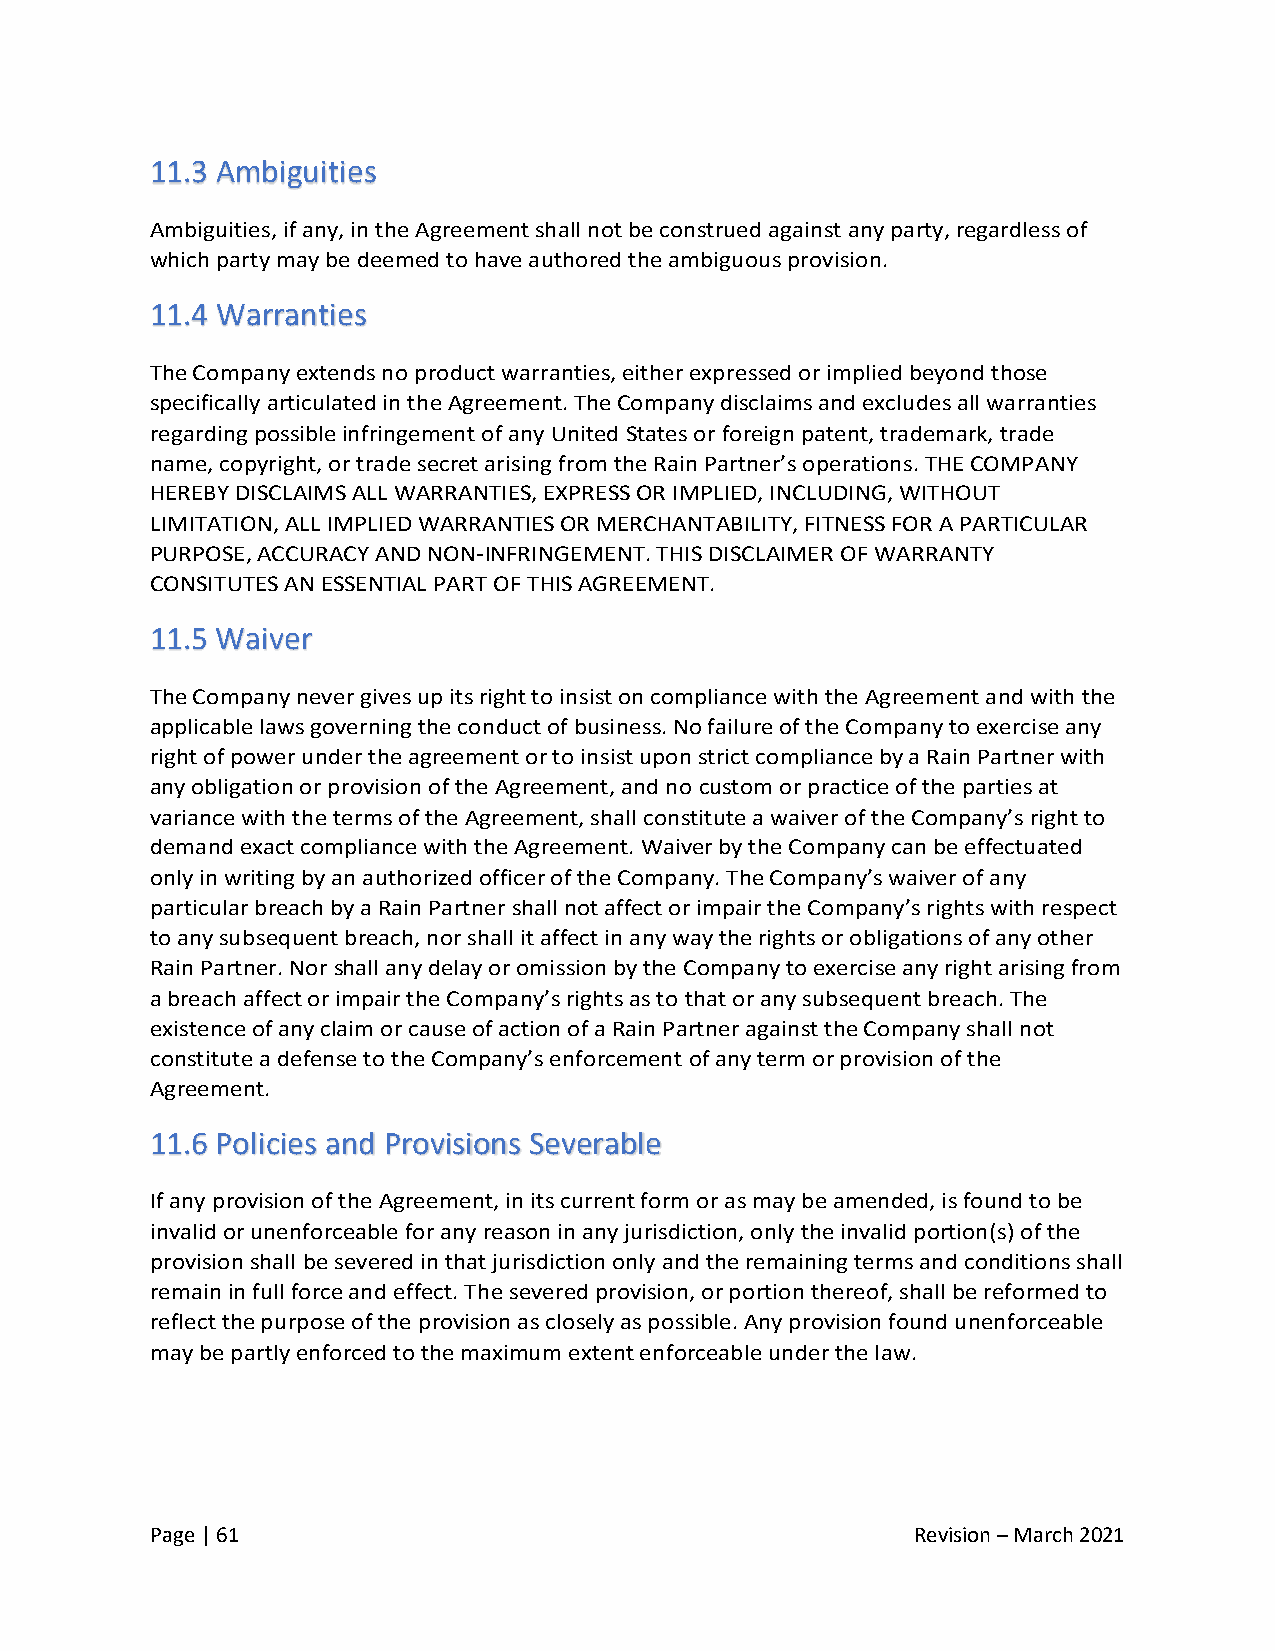
11.3 Ambiguities
 Ambiguities, if any, in the Agreement shall not be construed against any party, regardless of
 which party may be deemed to have authored the ambiguous provision.
 11.4 Warranties
 The Company extends no product warranties, either expressed or implied beyond those
 specifically articulated in the Agreement. The Company disclaims and excludes all warranties
 regarding possible infringement of any United States or foreign patent, trademark, trade
 name, copyright, or trade secret arising from the Rain Partner’s operations. THE COMPANY
 HEREBY DISCLAIMS ALL WARRANTIES, EXPRESS OR IMPLIED, INCLUDING, WITHOUT
 LIMITATION, ALL IMPLIED WARRANTIES OR MERCHANTABILITY, FITNESS FOR A PARTICULAR
 PURPOSE, ACCURACY AND NON-INFRINGEMENT. THIS DISCLAIMER OF WARRANTY
 CONSITUTES AN ESSENTIAL PART OF THIS AGREEMENT.
 11.5 Waiver
 The Company never gives up its right to insist on compliance with the Agreement and with the
 applicable laws governing the conduct of business. No failure of the Company to exercise any
 right of power under the agreement or to insist upon strict compliance by a Rain Partner with
 any obligation or provision of the Agreement, and no custom or practice of the parties at
 variance with the terms of the Agreement, shall constitute a waiver of the Company’s right to
 demand exact compliance with the Agreement. Waiver by the Company can be effectuated
 only in writing by an authorized officer of the Company. The Company’s waiver of any
 particular breach by a Rain Partner shall not affect or impair the Company’s rights with respect
 to any subsequent breach, nor shall it affect in any way the rights or obligations of any other
 Rain Partner. Nor shall any delay or omission by the Company to exercise any right arising from
 a breach affect or impair the Company’s rights as to that or any subsequent breach. The
 existence of any claim or cause of action of a Rain Partner against the Company shall not
 constitute a defense to the Company’s enforcement of any term or provision of the
 Agreement.
 11.6 Policies and Provisions Severable
 If any provision of the Agreement, in its current form or as may be amended, is found to be
 invalid or unenforceable for any reason in any jurisdiction, only the invalid portion(s) of the
 provision shall be severed in that jurisdiction only and the remaining terms and conditions shall
 remain in full force and effect. The severed provision, or portion thereof, shall be reformed to
 reflect the purpose of the provision as closely as possible. Any provision found unenforceable
 may be partly enforced to the maximum extent enforceable under the law.
 Page | 61                                          Revision – March 2021